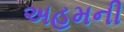
અહમની